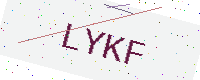
Text: LYKF